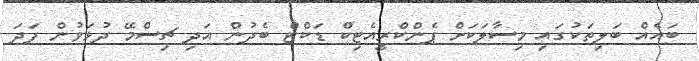
ބައެއް ބަލިތަކުގައި މިސާލަކަށް ޕެންކްރީއެޓިކް ޑަކްޓް ބެދުން އަދި ޗިސްމޭ ދުޅަވުން ފަދަ